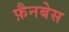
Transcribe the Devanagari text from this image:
फ़ैनबेस